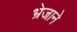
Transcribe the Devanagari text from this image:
भ्रेजाने